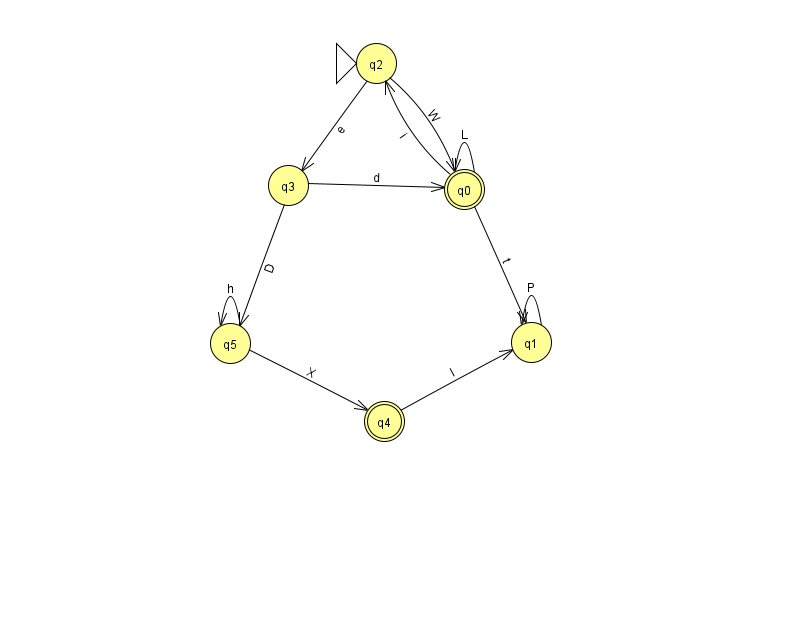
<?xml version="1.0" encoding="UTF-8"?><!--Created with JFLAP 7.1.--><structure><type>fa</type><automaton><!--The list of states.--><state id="0" name="q0"><x>464.0</x><y>176.0</y><final/></state><state id="1" name="q1"><x>531.0</x><y>329.0</y></state><state id="2" name="q2"><x>376.0</x><y>50.0</y><initial/></state><state id="3" name="q3"><x>288.0</x><y>172.0</y></state><state id="4" name="q4"><x>384.0</x><y>408.0</y><final/></state><state id="5" name="q5"><x>230.0</x><y>330.0</y></state><!--The list of transitions.--><transition><from>0</from><to>1</to><read>t</read></transition><transition><from>1</from><to>1</to><read>P</read></transition><transition><from>4</from><to>1</to><read>I</read></transition><transition><from>5</from><to>4</to><read>X</read></transition><transition><from>2</from><to>3</to><read>e</read></transition><transition><from>3</from><to>0</to><read>d</read></transition><transition><from>2</from><to>0</to><read>W</read></transition><transition><from>3</from><to>5</to><read>D</read></transition><transition><from>0</from><to>2</to><read>i</read></transition><transition><from>5</from><to>5</to><read>h</read></transition><transition><from>0</from><to>0</to><read>L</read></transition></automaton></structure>